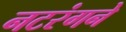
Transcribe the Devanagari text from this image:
नटरंगने